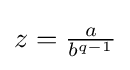
z={\tfrac {a}{b^{q-1}}}